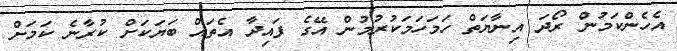
އެހެންކަމުން ރޯދަ އިނާޔަތް ހަމަހަމަކުރުމުން އޭގެ ފައިދާ އެތައް ބަޔަކަށް ކުރާނެ ކަމަށް